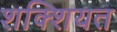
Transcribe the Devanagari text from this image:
शक्शियत